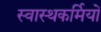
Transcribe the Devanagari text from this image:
स्वास्थकर्मियों